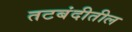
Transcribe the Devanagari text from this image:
तटबंदीतील